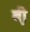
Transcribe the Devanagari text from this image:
बी़